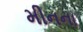
મીનના